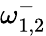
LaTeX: \omega_{1,2}^{-}